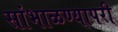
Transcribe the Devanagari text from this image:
सांभाळण्यापरी